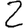
Digit: 2